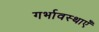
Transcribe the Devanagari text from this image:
गर्भावस्थाएँ